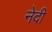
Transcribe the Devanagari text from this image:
नेदी